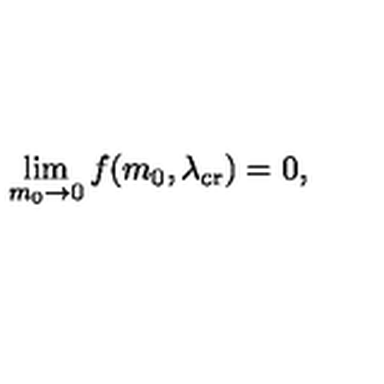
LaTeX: \lim _ { m _ { 0 } \rightarrow 0 } f ( m _ { 0 } , \lambda _ { \mathrm { c r } } ) = 0 ,